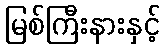
မြစ်ကြီးနားနှင့်